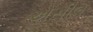
એસીલ